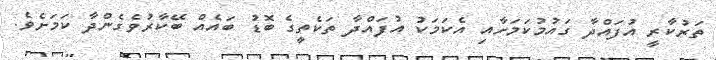
ތަރުކާރީ އުފައްދާ ގައުމުކަމަށާއި އެކަމަކު އުފައްދާ ތަކެތީގެ ބޮޑު ބައެއް ބޭކާރުވެގެންދާ ކަމަށެވެ.